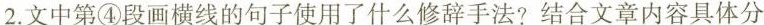
2.文中第④段画横线的句子使用了什么修辞手法?结合文章内容具体分析其表达作用。